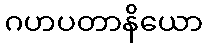
ဂဟပတာနိယော